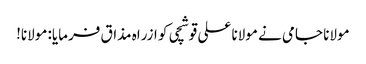
مولانا جامی نے مولانا علی قوشچی کو ازراہ مذاق فرمایا: مولانا!